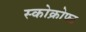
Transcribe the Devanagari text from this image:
स्कोक्रोफ्ट